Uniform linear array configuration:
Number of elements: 32
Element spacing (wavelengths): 0.75
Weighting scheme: kaiser
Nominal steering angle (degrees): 60
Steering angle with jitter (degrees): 60.582
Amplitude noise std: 0.05
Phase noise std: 0.05

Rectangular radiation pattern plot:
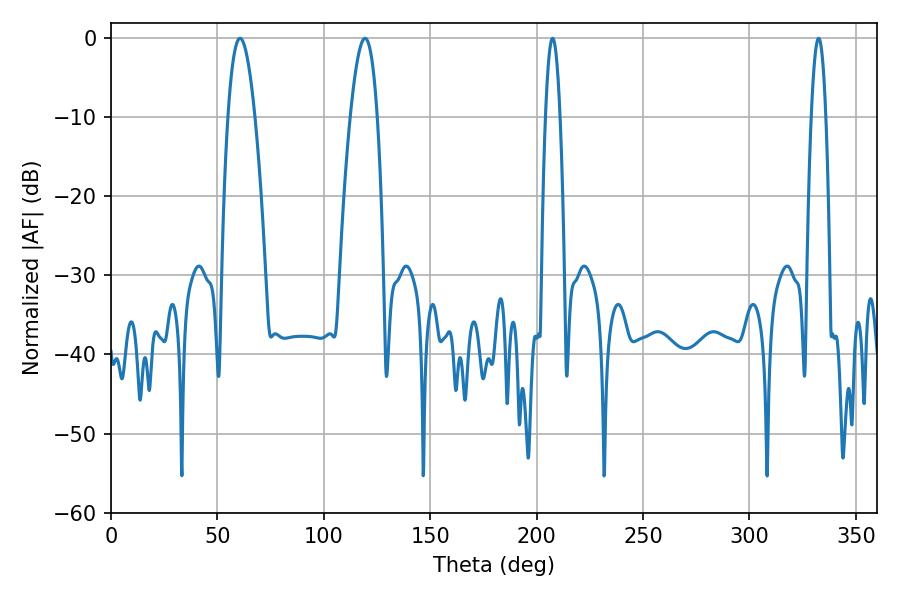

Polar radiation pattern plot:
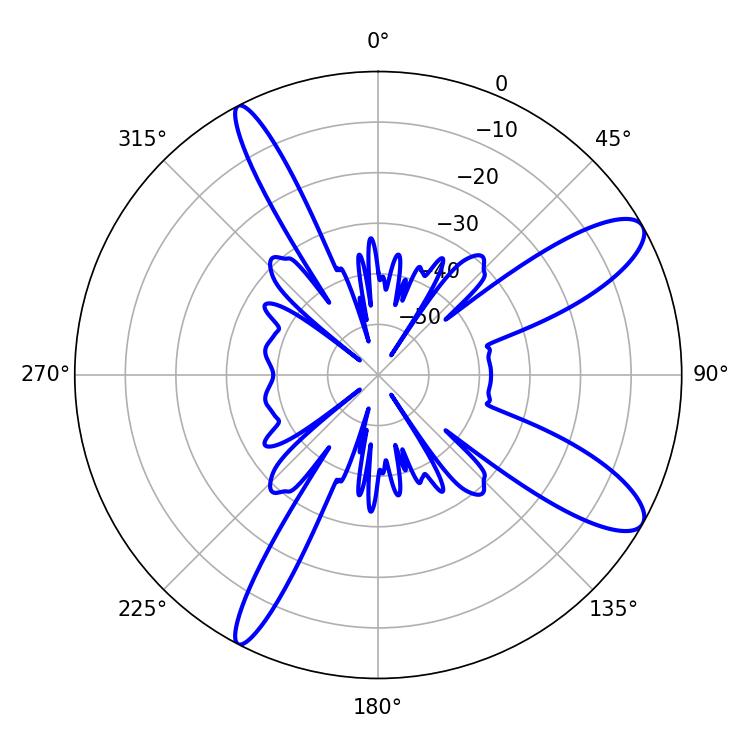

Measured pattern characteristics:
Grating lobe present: TRUE
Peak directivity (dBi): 10.896
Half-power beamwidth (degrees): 6.84
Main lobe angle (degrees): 60.66